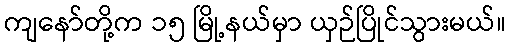
ကျနော်တို့က ၁၅ မြို့နယ်မှာ ယှဉ်ပြိုင်သွားမယ်။